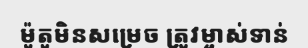
ម៉ូតូមិនសម្រេច ត្រូវម្ចាស់ទាន់